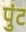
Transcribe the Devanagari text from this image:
पुंट